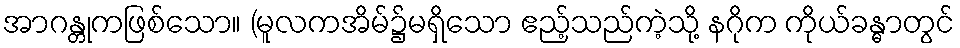
အာဂန္တုကဖြစ်သော။ (မူလကအိမ်၌မရှိသော ဧည့်သည်ကဲ့သို့ နဂိုက ကိုယ်ခန္ဓာတွင်